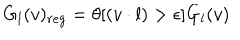
G _ { l } ( v ) _ { r e g } = \theta [ ( v \cdot l ) > \epsilon ] G _ { l } ( v )